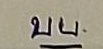
บน